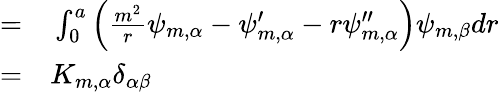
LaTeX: \begin{array}{rl}{=}&{{}\int_{0}^{a}\left(\frac{m^{2}}{r}\psi_{m,\alpha}-\psi_{m,\alpha}^{\prime}-r\psi_{m,\alpha}^{\prime\prime}\right)\psi_{m,\beta}dr}\\ {=}&{{}K_{m,\alpha}\delta_{\alpha\beta}}\end{array}